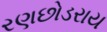
રણછોડરાય